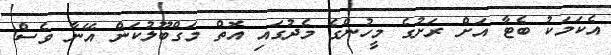
އެކަމަކު ބެޓާ އަށް ރަށުގެ މީހުންގެ މެދުގައި އޮތް މަގްބޫލުކަން އޭނާ ވެސް